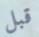
قبل